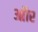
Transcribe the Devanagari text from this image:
आौर